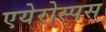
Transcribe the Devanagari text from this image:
एयेरोस्पस